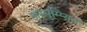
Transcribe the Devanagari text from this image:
अस्सुम्प्सित